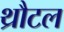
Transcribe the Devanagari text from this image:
थ्रौटल